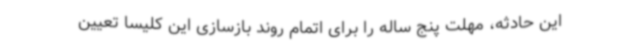
این حادثه،‌ مهلت پنج ساله را برای اتمام روند بازسازی این کلیسا تعیین